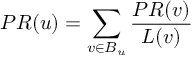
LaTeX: P R ( u ) = \sum _ { v \in B _ { u } } { \frac { P R ( v ) } { L ( v ) } }